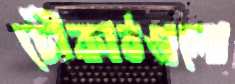
চৌকাঠগুলো